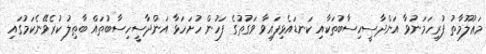
މަޢުލޫމާތު ފުރިހަމަނުވާ އަންދާސީހިސާބުތަކާއި ކަނޑައެޅިފައިވާ ވަގުތުގެ ފަހުން ހުށަހަޅާ އަންދާސީހިސާބުތައް ބާޠިލު ކުރެވޭނެކަމުގައި